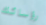
رؤسائك